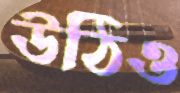
উঠিও